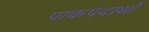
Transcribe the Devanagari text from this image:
पाकपदार्थो